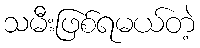
သမီးဖြစ်ရမယ်တဲ့